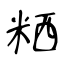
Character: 粞